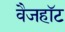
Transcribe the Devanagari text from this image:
वैजहॉट